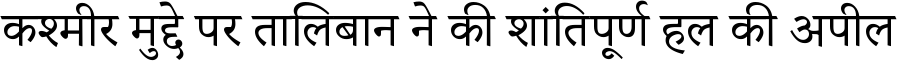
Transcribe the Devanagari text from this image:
कश्मीर मुद्दे पर तालिबान ने की शांतिपूर्ण हल की अपील